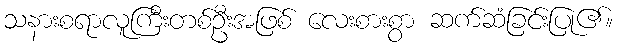
သနားစရာလူကြီးတစ်ဦးအဖြစ် လေးစားစွာ ဆက်ဆံခြင်းပြု၏။